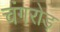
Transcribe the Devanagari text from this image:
चंगरोड़